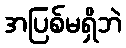
အပြစ်မရှိဘဲ